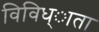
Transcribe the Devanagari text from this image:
विविध्ाता